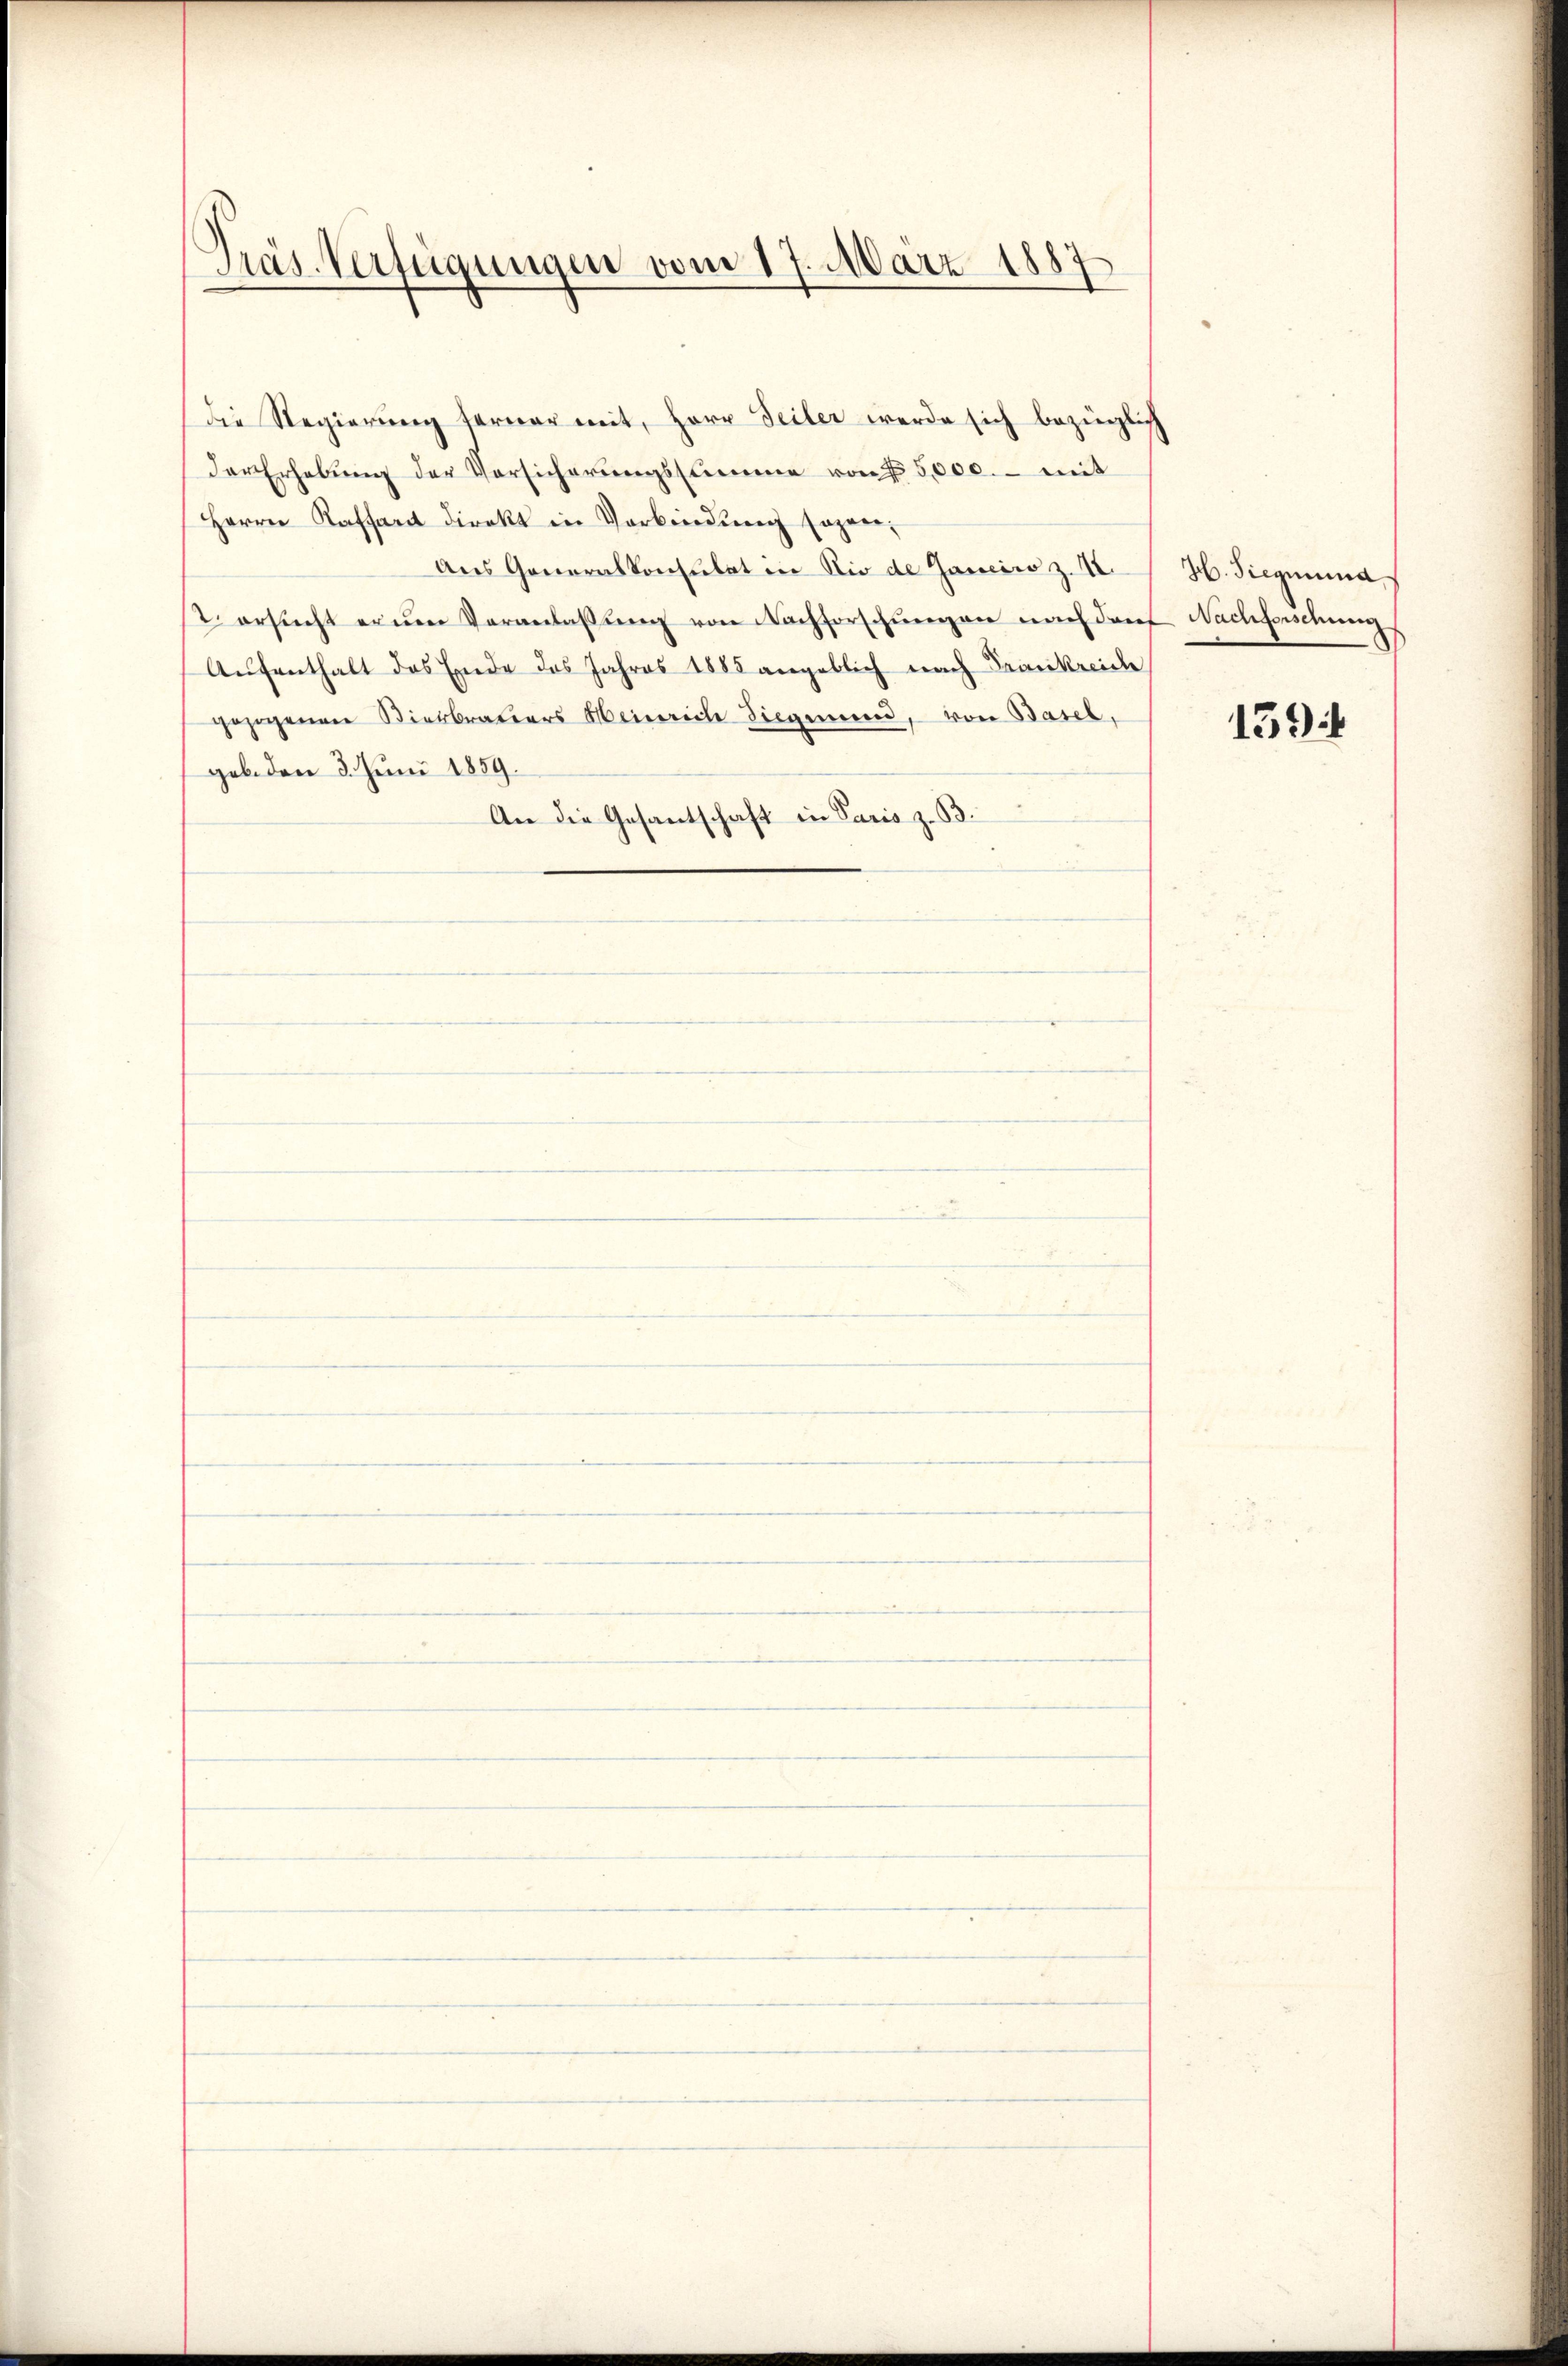
Präs. Verfügungen vom 17. März 1887

Die Regierung ferner mit, Herr Seiler werde sich bezüglich
der Erhebung der Vorsicherungsstimme von § 5,000. - mit
Herrn Kassant direkt in Vorkindŭng sogen,
Aus Generalkonsulat in Rio de Ganciso z. 12. H. Siegmund,
2. ersucht ernen Veranlassŭng von Nachforschungen nach darf Nachforschung
Aŭfenthalt das Ende des Jahres 1885 angeblich nach Frankreiche
gezogenen Bierbraters Heinrich Siegmund, von Basel,
geb. den 3. Juni 1859.
An die Gesantschaft in Paris z. 33.

1394